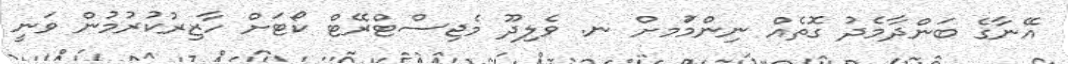
އޭނާގެ ބަންދާމެދު ގޮތެއް ނިންމުަމށް ނ. ވެލިދޫ މެޖިސްޓްރޭޓް ކޯޓަށް ހާޒިރުކުރުމުން ވަނީ